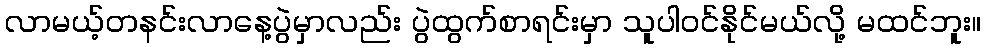
လာမယ့်တနင်းလာနေ့ပွဲမှာလည်း ပွဲထွက်စာရင်းမှာ သူပါဝင်နိုင်မယ်လို့ မထင်ဘူး။